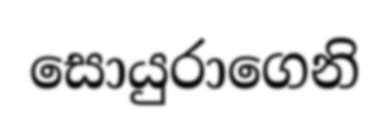
සොයුරාගෙනි